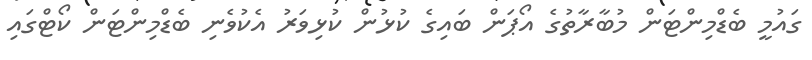
ގައުމީ ބެޑްމިންޓަން މުބާރާތުގެ އޯޕަން ބައިގެ ކުޅުން ކުޅިވަރު އެކުވެނި ބެޑްމިންޓަން ކޯޓްގައި